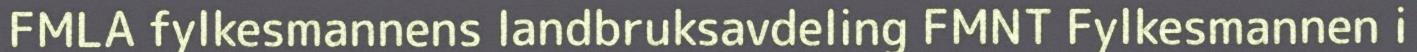
FMLA fylkesmannens landbruksavdeling FMNT Fylkesmannen i